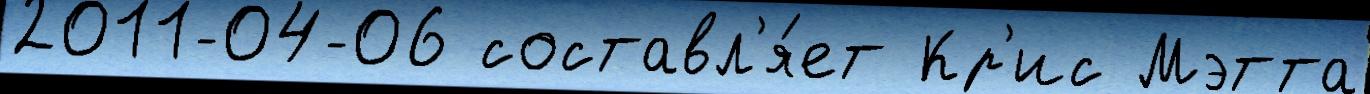
2011-04-06 составл'я́ет Кр'ис Мэтта